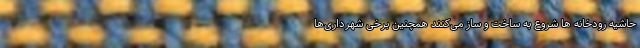
حاشیه رودخانه ها شروع به ساخت و ساز می‌کنند همچنین برخی شهرداری‌ها